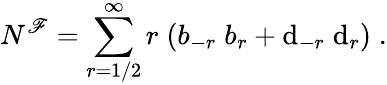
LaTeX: N^{\mathscr{F}}=\sum_{r=1/2}^{\infty}r\; (b_{-r}\; b_{r}+\mathrm{d}_{-r}\; \mathrm{d}_{r})\; .